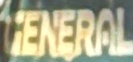
GENERAL